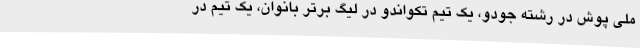
ملی پوش در رشته جودو، یک تیم تکواندو در لیگ برتر بانوان، یک تیم در